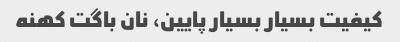
کیفیت بسیار بسیار پایین، نان باگت کهنه